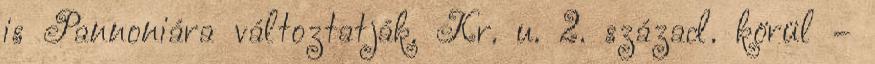
is Pannoniára változtatják. Kr. u. 2. század. körül –